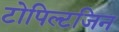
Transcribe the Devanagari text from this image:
टोपिल्टजिन